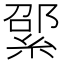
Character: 綤